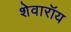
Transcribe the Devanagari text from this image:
शेवारॉय